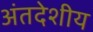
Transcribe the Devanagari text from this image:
अंतदेशीय